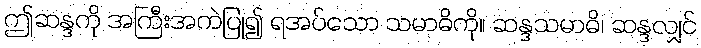
ဤဆန္ဒကို အကြီးအကဲပြု၍ ရအပ်သော သမာဓိကို။ ဆန္ဒသမာဓိ၊ ဆန္ဒလျှင်